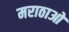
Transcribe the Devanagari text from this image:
मराठाओ